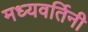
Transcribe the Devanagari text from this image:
मध्यवर्तिनी